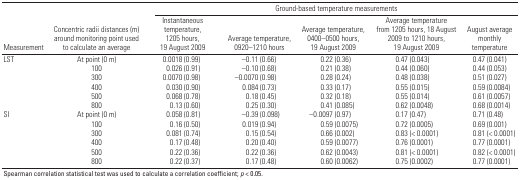
<table><thead><tr><td rowspan="2"><b>Measurement</b></td><td rowspan="2"><b>Concentric radii distances (m) around monitoring point used to calculate an average</b></td><td colspan="5"><b>Ground-based temperature measurements</b></td></tr><tr><td><b>Instantaneous temperature, 1205 hours, 19 August 2009</b></td><td><b>Average temperature, 0920–1210 hours</b></td><td><b>Average temperature, 0400–0500 hours, 19 August 2009</b></td><td><b>Average temperature from 1205 hours, 18 August 2009 to 1210 hours, 19 August 2009</b></td><td><b>August average monthly temperature</b></td></tr></thead><tbody><tr><td><b>LST</b></td><td><b>At point (0 m)</b></td><td>0.0018 (0.99)</td><td>–0.11 (0.66)</td><td>0.22 (0.36)</td><td>0.47 (0.043)</td><td>0.47 (0.041)</td></tr><tr><td><b>100</b></td><td>0.026 (0.91)</td><td>–0.10 (0.68)</td><td>0.21 (0.38)</td><td>0.44 (0.060)</td><td>0.44 (0.053)</td></tr><tr><td><b>300</b></td><td>0.0070 (0.98)</td><td>–0.0070 (0.98)</td><td>0.28 (0.24)</td><td>0.48 (0.038)</td><td>0.51 (0.027)</td></tr><tr><td><b>400</b></td><td>0.030 (0.90)</td><td>0.084 (0.73)</td><td>0.33 (0.17)</td><td>0.55 (0.015)</td><td>0.59 (0.0084)</td></tr><tr><td><b>500</b></td><td>0.068 (0.78)</td><td>0.18 (0.45)</td><td>0.32 (0.18)</td><td>0.55 (0.014)</td><td>0.61 (0.0057)</td></tr><tr><td><b>800</b></td><td>0.13 (0.60)</td><td>0.25 (0.30)</td><td>0.41 (0.085)</td><td>0.62 (0.0048)</td><td>0.68 (0.0014)</td></tr><tr><td><b>SI</b></td><td><b>At point (0 m)</b></td><td>0.058 (0.81)</td><td>–0.39 (0.098)</td><td>–0.0097 (0.97)</td><td>0.17 (0.47)</td><td>0.71 (0.48)</td></tr><tr><td><b>100</b></td><td>0.16 (0.50)</td><td>0.019 (0.94)</td><td>0.59 (0.0075)</td><td>0.72 (0.0005)</td><td>0.69 (0.001)</td></tr><tr><td><b>300</b></td><td>0.081 (0.74)</td><td>0.15 (0.54)</td><td>0.66 (0.002)</td><td>0.83 (&lt; 0.0001)</td><td>0.81 (&lt; 0.0001)</td></tr><tr><td><b>400</b></td><td>0.17 (0.48)</td><td>0.20 (0.40)</td><td>0.59 (0.0077)</td><td>0.76 (0.0001)</td><td>0.77 (0.0001)</td></tr><tr><td><b>500</b></td><td>0.22 (0.36)</td><td>0.22 (0.36)</td><td>0.62 (0.0043)</td><td>0.81 (&lt; 0.0001)</td><td>0.82 (&lt; 0.0001)</td></tr><tr><td><b>800</b></td><td>0.22 (0.37)</td><td>0.17 (0.48)</td><td>0.60 (0.0062)</td><td>0.75 (0.0002)</td><td>0.77 (0.0001)</td></tr><tr><td colspan="7">Spearman correlation statistical test was used to calculate a correlation coefficient; <i>p</i> &lt; 0.05. </td></tr></tbody></table>